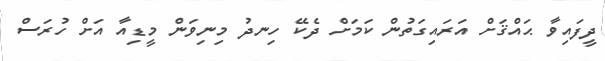
ދީފައިވާ ޙައްޤަށް އަރައިގަތުން ކަމަށް ދެކޭ ހިނދު މިނިވަން މީޑިއާ އަށް ހުރަސް